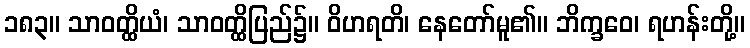
၁၈၃။ သာဝတ္ထိယံ၊ သာဝတ္ထိပြည်၌။ ဝိဟရတိ၊ နေတော်မူ၏။ ဘိက္ခဝေ၊ ရဟန်းတို့။